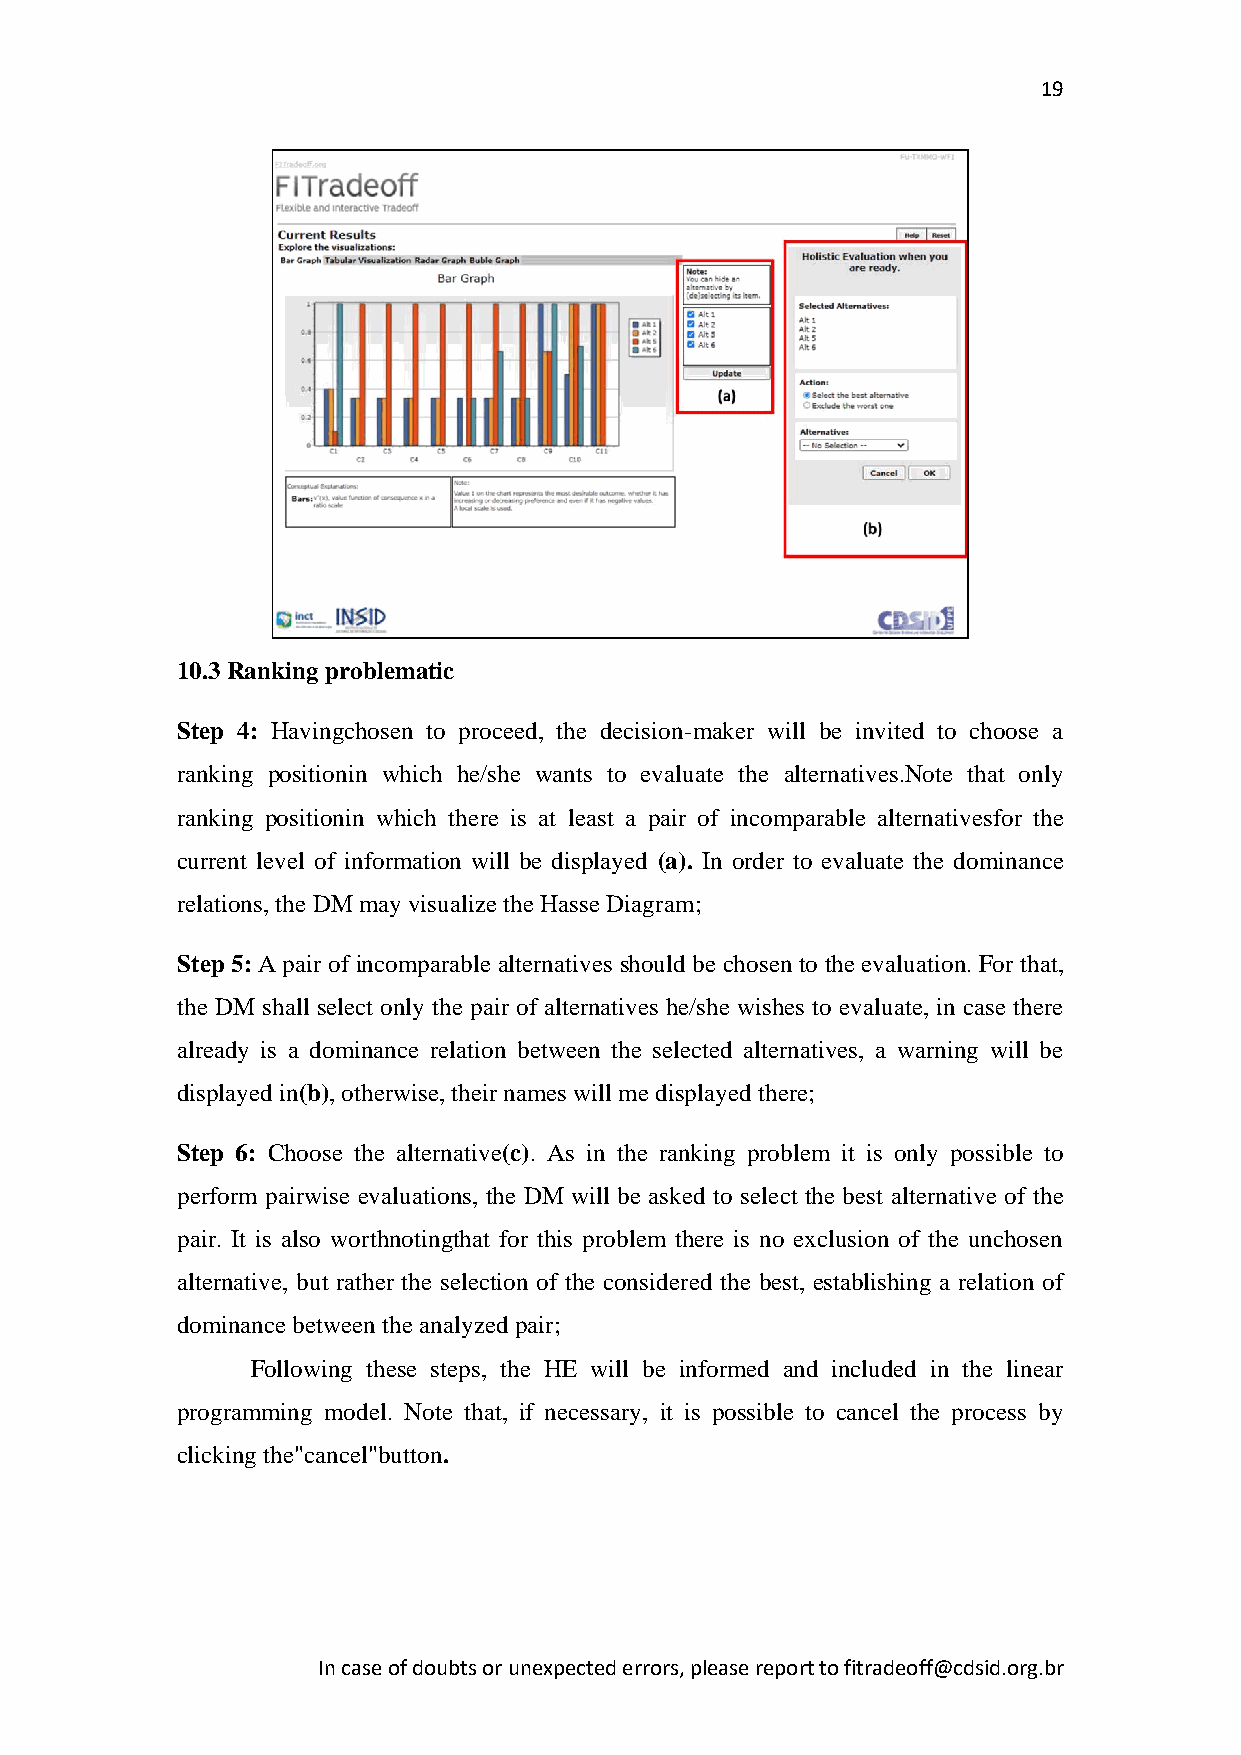
19
 10.3 Ranking problematic
 Step 4: Havingchosen to proceed, the decision-maker will be invited to choose a
 ranking positionin which he/she wants to evaluate the alternatives.Note that only
 ranking positionin which there is at least a pair of incomparable alternativesfor the
 current level of information will be displayed (a). In order to evaluate the dominance
 relations, the DM may visualize the Hasse Diagram;
 Step 5: A pair of incomparable alternatives should be chosen to the evaluation. For that,
 the DM shall select only the pair of alternatives he/she wishes to evaluate, in case there
 already is a dominance relation between the selected alternatives, a warning will be
 displayed in(b), otherwise, their names will me displayed there;
 Step 6: Choose the alternative(c). As in the ranking problem it is only possible to
 perform pairwise evaluations, the DM will be asked to select the best alternative of the
 pair. It is also worthnotingthat for this problem there is no exclusion of the unchosen
 alternative, but rather the selection of the considered the best, establishing a relation of
 dominance between the analyzed pair;
 Following these steps, the HE will be informed and included in the linear
 programming model. Note that, if necessary, it is possible to cancel the process by
 clicking the"cancel"button.
 In case of doubts or unexpected errors, please report to fitradeoff@cdsid.org.br